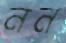
নন